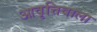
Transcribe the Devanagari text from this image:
आवृत्तिवाला